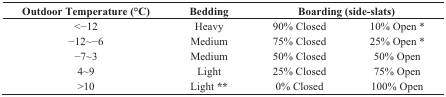
<table><thead><tr><td><b>Outdoor Temperature (°C)</b></td><td><b>Bedding</b></td><td colspan="2"><b>Boarding (side-slats)</b></td></tr></thead><tbody><tr><td>&lt;−12</td><td>Heavy</td><td>90% Closed</td><td>10% Open *</td></tr><tr><td>−12~−6</td><td>Medium</td><td>75% Closed</td><td>25% Open *</td></tr><tr><td>−7~3</td><td>Medium</td><td>50% Closed</td><td>50% Open</td></tr><tr><td>4~9</td><td>Light</td><td>25% Closed</td><td>75% Open</td></tr><tr><td>&gt;10</td><td>Light **</td><td>0% Closed</td><td>100% Open</td></tr></tbody></table>